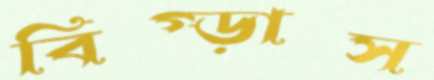
বিগ্‌ড়াস